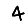
Digit: 4